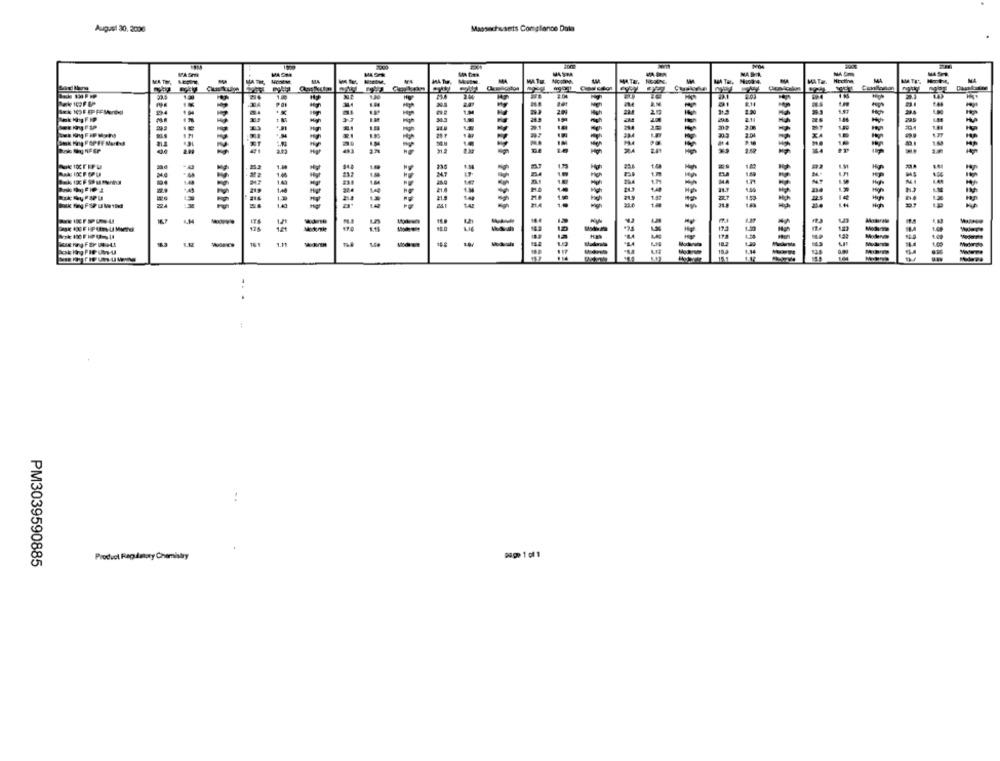
August 30. 2006
Massachusetts Compliance Data
VPASTRE
MATH
MA
-
MATu
INK ROOF SPRE M
16.7
-
=
161
1.11
-
198
-
=
PM3039590885
Product Regulatory Chemistry